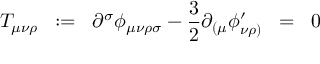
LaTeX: T _ { \mu \nu \rho } \; \; : = \; \; \partial ^ { \sigma } \phi _ { \mu \nu \rho \sigma } - \frac { 3 } { 2 } \partial _ { ( \mu } \phi _ { \nu \rho ) } ^ { \prime } \; \; = \; \; 0